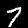
Label: 7